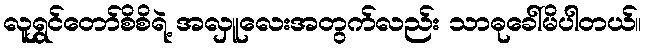
လူရွှင်တော်စိစိရဲ့ အလှူလေးအတွက်လည်း သာဓုခေါ်မိပါတယ်။